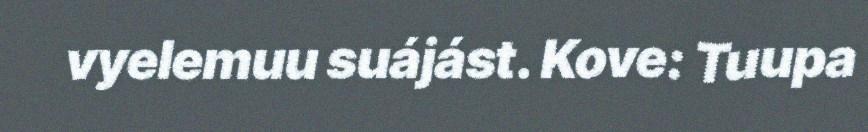
vyelemuu suájást. Kove: Tuupa